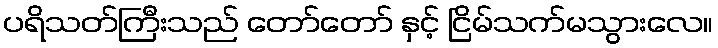
ပရိသတ်ကြီးသည် တော်တော် နှင့် ငြိမ်သက်မသွားလေ။